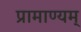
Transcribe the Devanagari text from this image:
प्रामाण्यम्